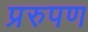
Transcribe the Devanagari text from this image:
प्ररुपण